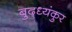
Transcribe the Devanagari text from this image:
बुद्ध्यंकुर